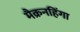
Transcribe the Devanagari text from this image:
मैक्रनहिंगा